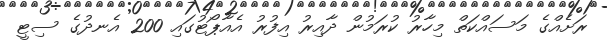
ރަށެއްގެ މަސައްކަތް މިހާރު ކުރަމުން ދާއިރު އިފުރު އެއާޕޯޓުގައި 200 އެނދުގެ ސިޓީ